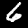
Label: 6